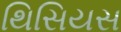
થિસિયસ